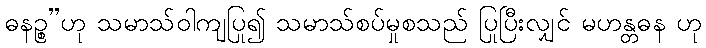
ဓနဉ္စ”ဟု သမာသ်ဝါကျပြု၍ သမာသ်စပ်မှုစသည် ပြုပြီးလျှင် မဟန္တဓန ဟု